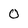
Character: O